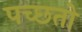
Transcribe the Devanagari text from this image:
पच्छतो